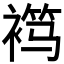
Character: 𬡦